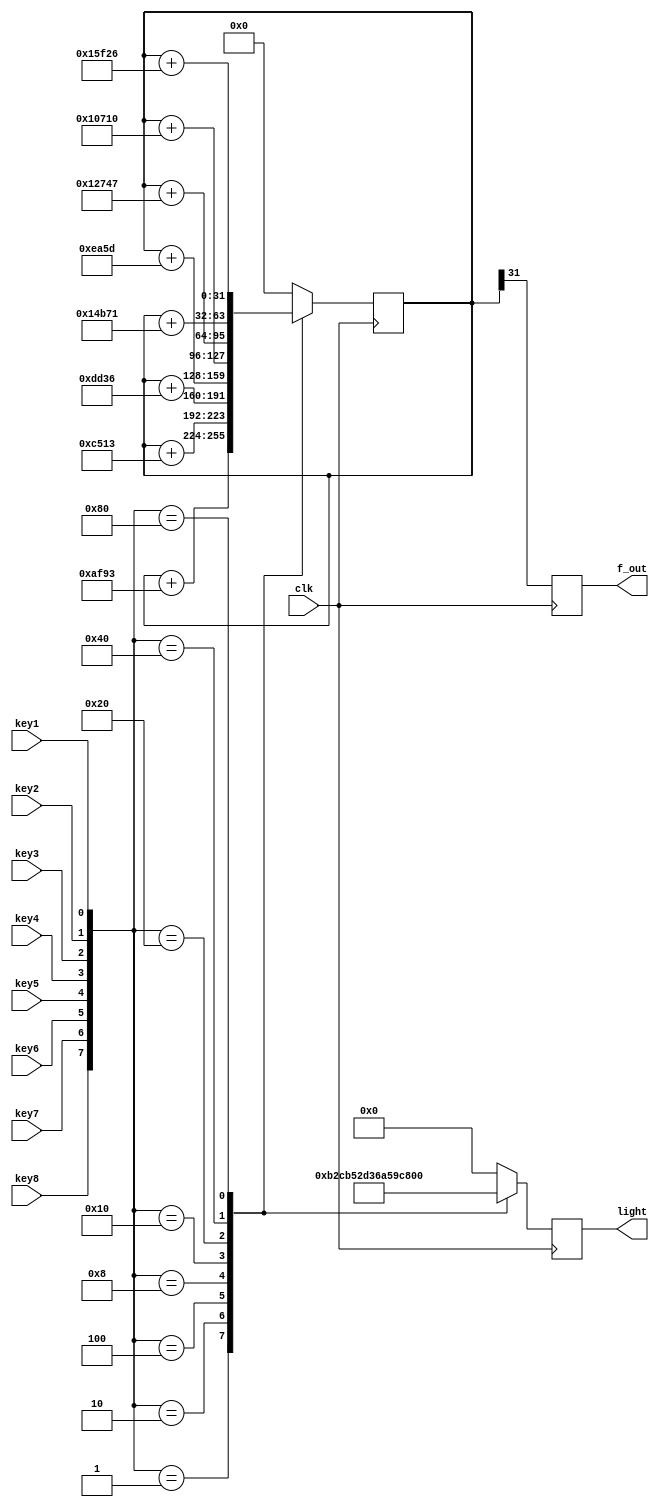
module keyboard (
    clk,key1,key2,key3,key4,key5,key6,key7,key8,f_out,
    light
);
    parameter n = 32;
    parameter DO = 8'b00000001, RE = 8'b00000010,MI = 8'b00000100,FA = 8'b00001000
            ,SO = 8'b00010000,LA = 8'b00100000,SI = 8'b01000000,DOO = 8'b10000000;
    input clk;
    input key1,key2,key3,key4,key5,key6,key7,key8;
    output reg [7:0] light;
    output reg f_out;
    reg[n-1:0] acc = 0;
always @(posedge clk) begin
    case({key8,key7,key6,key5,key4,key3,key2,key1})
        DO:begin acc <= acc + 32'h0000AF93;light <= 8'b10110010; end
        RE:begin acc <= acc + 32'h0000C513;light <= 8'b11001011; end
        MI:begin acc <= acc + 32'h0000DD36;light <= 8'b01010010; end
        FA:begin acc <= acc + 32'h0000EA5D;light <= 8'b11010011; end
        SO:begin acc <= acc + 32'h00010710;light <= 8'b01101010; end
        LA:begin acc <= acc + 32'h00012747;light <= 8'b01011001; end
        SI:begin acc <= acc + 32'h00014B71;light <= 8'b11001001; end
        DOO:begin acc <= acc +32'h00015F26;light <= 8'b00101010; end
		  default:begin acc <=0;light <= 8'b00000000;end
    endcase
    f_out <= acc[n-1];
end
endmodule